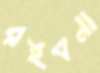
রইবনা